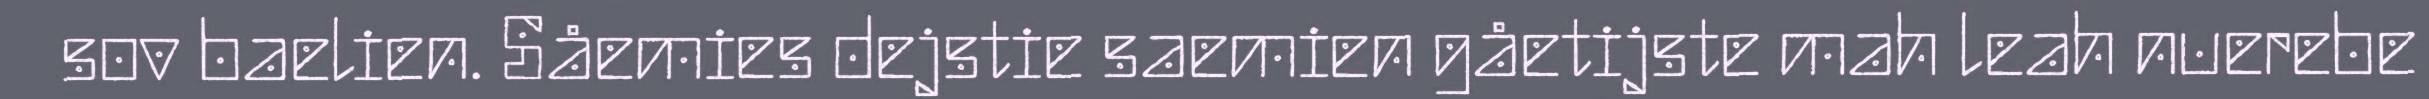
sov baelien. Såemies dejstie saemien gåetijste mah leah nuerebe